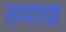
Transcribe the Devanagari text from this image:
समाय।